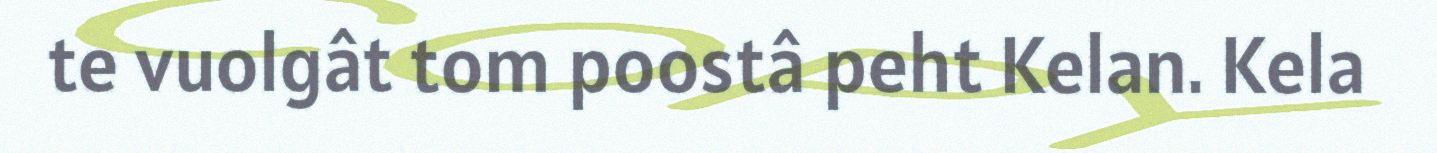
te vuolgât tom poostâ peht Kelan. Kela